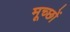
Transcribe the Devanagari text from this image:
मूच्छों